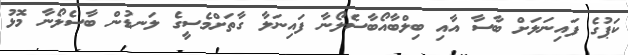
ކަޕުގެ ފައިނަލަށް ބާސާ އާއި ބިލްބާއޯބާސެލޯނާ ފައިނަލާ ގާތަށްމެސީގެ ލަނޑުން ބާސެލޯނާ މޮޅު